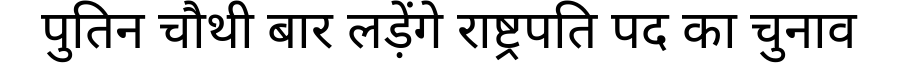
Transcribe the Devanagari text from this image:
पुतिन चौथी बार लड़ेंगे राष्ट्रपति पद का चुनाव